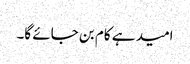
امید ہے کام بن جائے گا۔